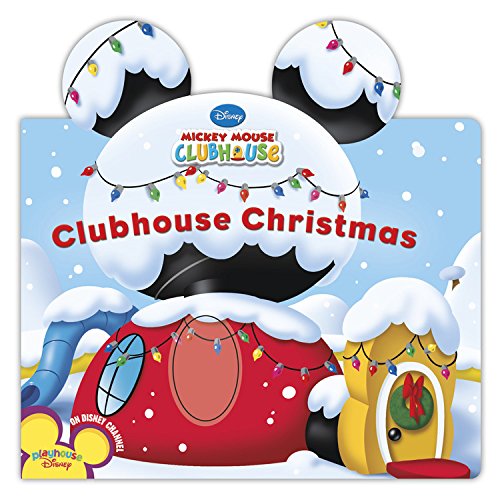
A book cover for Clubhouse Christmas (Mickey Mouse Clubhouse); Disney Book Group; Children's Books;